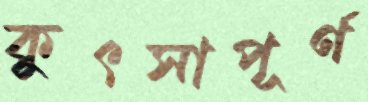
কুৎসাপূর্ণ